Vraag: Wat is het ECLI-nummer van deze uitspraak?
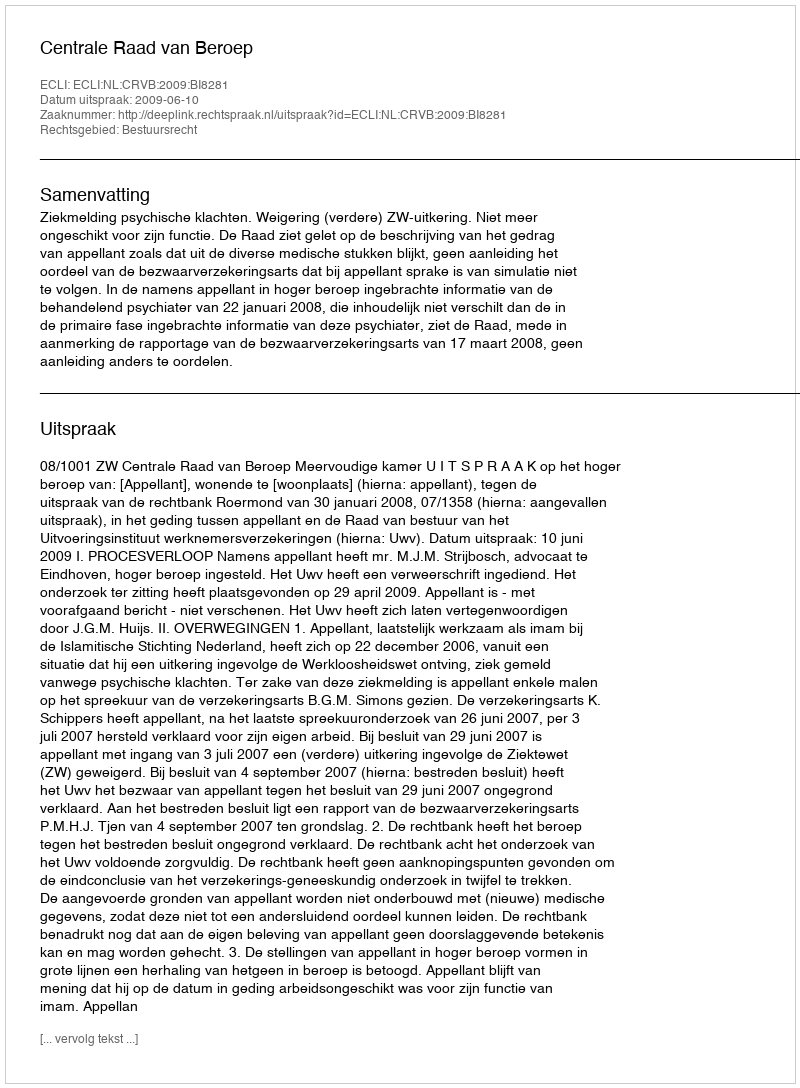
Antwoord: ECLI:NL:CRVB:2009:BI8281